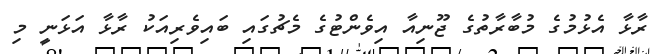
ރާޅާ އެޅުމުގެ މުބާރާތުގެ ޖޫނިއާ އިވެންޓުގެ މެޗުގައި ބައިވެރިއަކު ރާޅާ އަޅަނީ މި